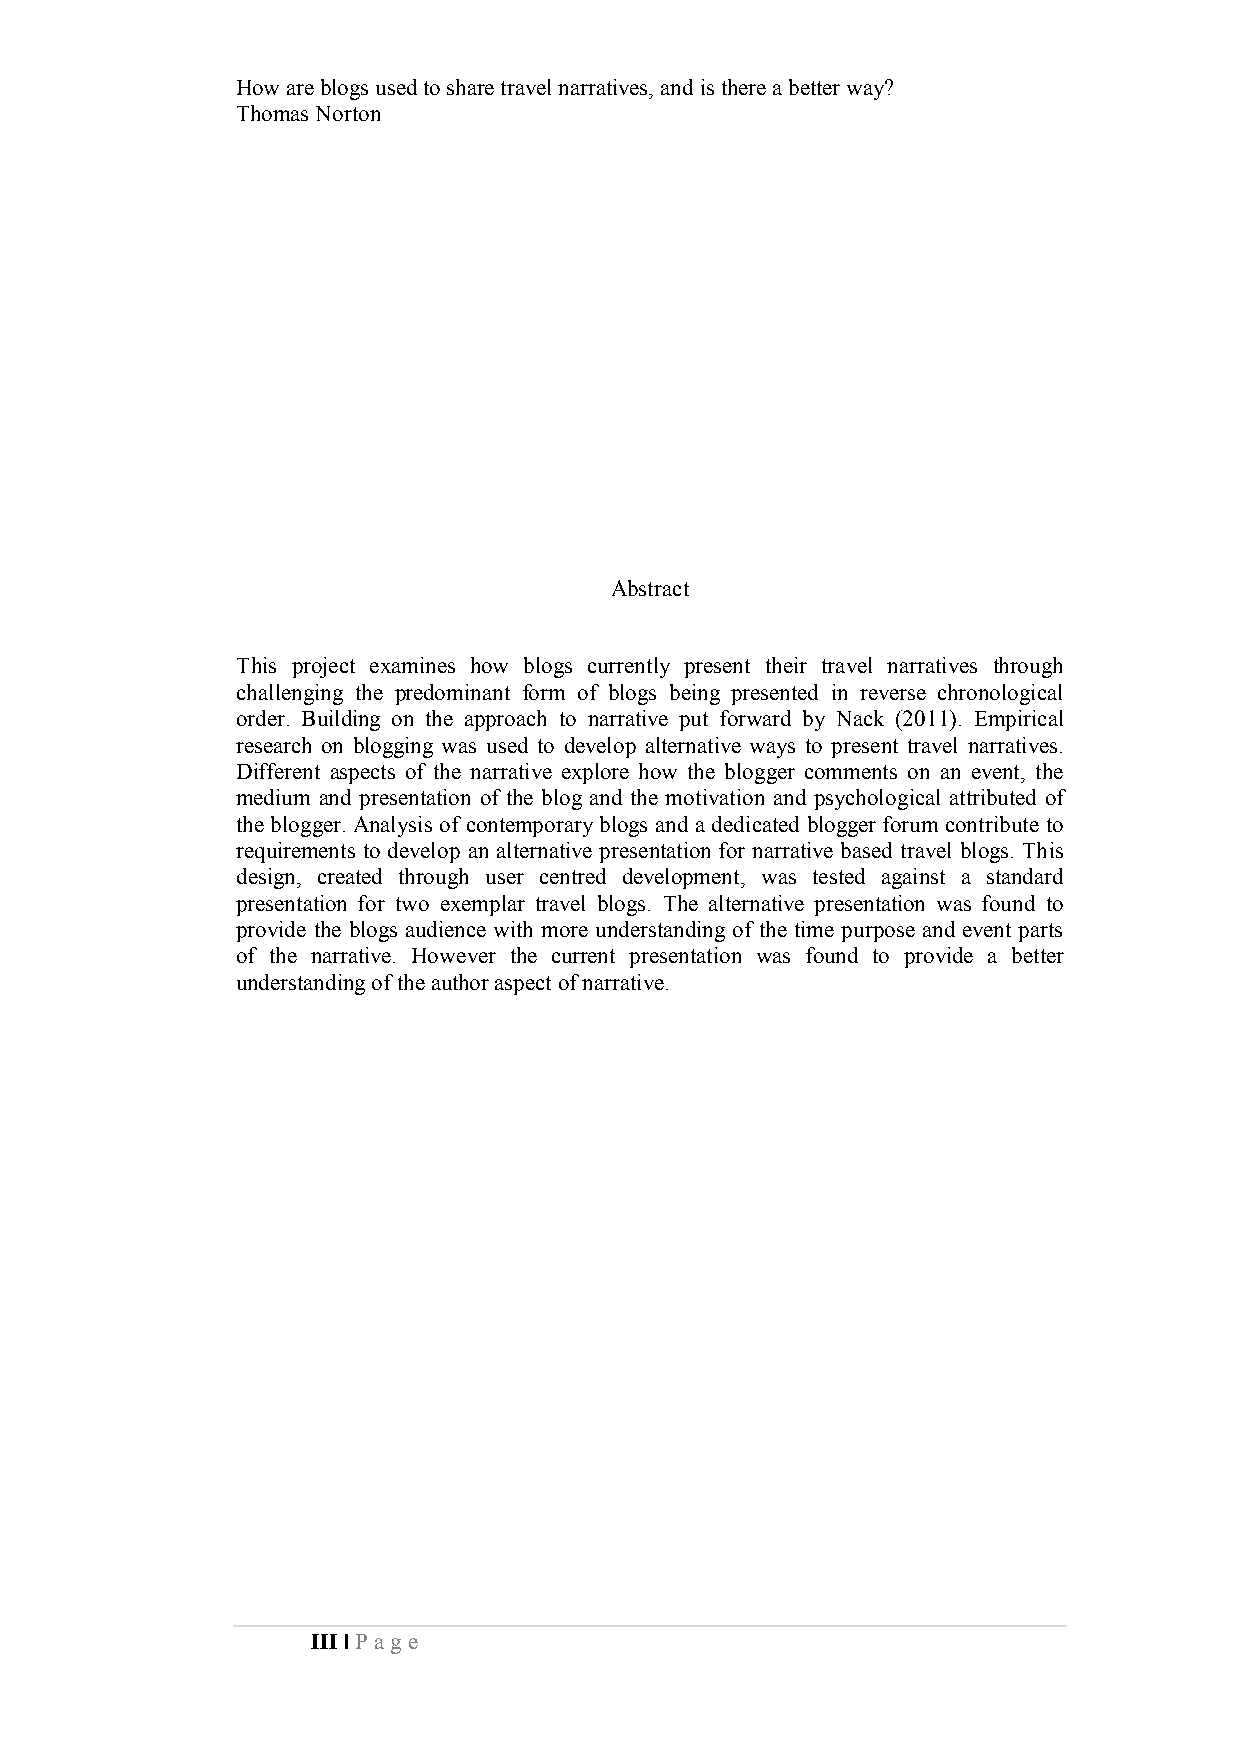
How are blogs used to share travel narratives, and is there a better way?
 Thomas Norton
 Abstract
 This project examines how blogs currently present their travel narratives through
 challenging the predominant form of blogs being presented in reverse chronological
 order. Building on the approach to narrative put forward by Nack (2011). Empirical
 research on blogging was used to develop alternative ways to present travel narratives.
 Different aspects of the narrative explore how the blogger comments on an event, the
 medium and presentation of the blog and the motivation and psychological attributed of
 the blogger. Analysis of contemporary blogs and a dedicated blogger forum contribute to
 requirements to develop an alternative presentation for narrative based travel blogs. This
 design, created through user centred development, was tested against a standard
 presentation for two exemplar travel blogs. The alternative presentation was found to
 provide the blogs audience with more understanding of the time purpose and event parts
 of the narrative. However the current presentation was found to provide a better
 understanding of the author aspect of narrative.
 III | Pa ge